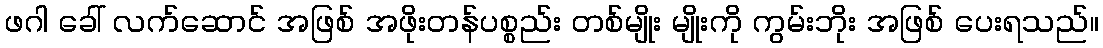
ဖဂါ ခေါ် လက်ဆောင် အဖြစ် အဖိုးတန်ပစ္စည်း တစ်မျိုး မျိုးကို ကွမ်းဘိုး အဖြစ် ပေးရသည်။